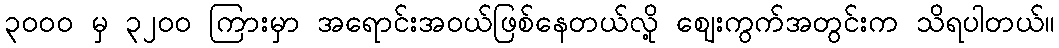
၃၀၀၀ မှ ၃၂၀၀ ကြားမှာ အရောင်းအဝယ်ဖြစ်နေတယ်လို့ ဈေးကွက်အတွင်းက သိရပါတယ်။